Report on the bubonic plague in Bombay, 1896-1897
Year: 1896
Disease focus: Plague
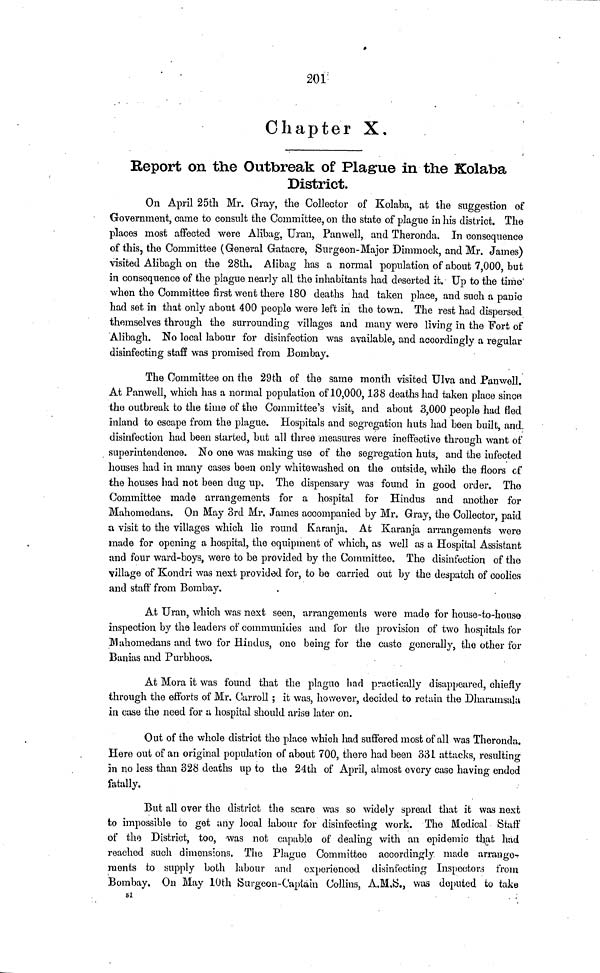
201
Chapter X.
Report on the Outbreak of Plague in the Kolaba
District.
On April 25th Mr. Gray, the Collector of Kolaba, at the suggestion of
Government, came to consult the Committee, on the state of plague in his district. The
places most affected were Alibag, Uran, Panwell, and Theronda. In consequence
of this, the Committee (General Gatacre, Surgeon-Major Dimmock, and Mr. James)
visited Alibagh on the 28th. Alibag has a normal population of about 7,000, but
in consequence of the plague nearly all the inhabitants had deserted it. Up to the time
when the Committee first went there 180 deaths had taken place, and such a panic
had set in that only about 400 people were left in the town. The rest had dispersed
themselves through the surrounding villages and many were living in the Fort of
Alibagh. No local labour for disinfection was available, and accordingly a regular
disinfecting staff was promised from Bombay.
The Committee on the 29th of the same month visited Ulva and Panwell.
At Panwell, which has a normal population of 10,000,138 deaths had taken place since
the outbreak to the time of the Committee's visit, and about 3,000 people had fled
inland to escape from the plague. Hospitals and segregation huts had been built, and.
disinfection had been started, but all three measures were ineffective through want of
superintendence. No one was making use of the segregation huts, and the infected
houses had in many cases been only whitewashed on the outside, while the floors of
the houses had not been dug up. The dispensary was found in good order. The
Committee made arrangements for a hospital for Hindus and another for
Mahomedans. On May 3rd Mr. James accompanied by Mr. Gray, the Collector, paid
a visit to the villages which lie round Karanja. At Karanja arrangements were
made for opening a hospital, the equipment of which, as well as a Hospital Assistant
and four ward-boys, were to be provided by the Committee. The disinfection of the
village of Kondri was next provided for, to be carried out by the despatch of coolies
and staff from Bombay.
At Uran, which was next seen, arrangements were made for house-to-house
inspection by the leaders of communities and for the provision of two hospitals for
Mahomedans and two for Hindus, one being for the caste generally, the other for
Banias and Purbhoos.
At Mora it was found that the plague had practically disappeared, chiefly
through the efforts of Mr. Carroll ; it was, however, decided to retain the Dharamsala
in case the need for a hospital should arise later on.
Out of the whole district the place which had suffered most of all was Theronda.
Here out of an original population of about 700, there had been 331 attacks, resulting
in no less than 328 deaths up to the 24th of April, almost every caso having ended
fatally.
But all over the district the scare was so widely spread that it was next
to impossible to get any local labour for disinfecting work. The Medical Skiff
of the District, too, was not capable of dealing with an epidemic that had
reached such dimensions. The Plague Committee accordingly made arrange-
ments to supply both labour and experienced disinfecting Inspectors from
Bombay. On May 10th Surgeon-Captain Collins, A.M.S., was deputed to take
51